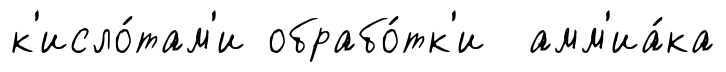
к'исло́там'и обрабо́тк'и амм'иа́ка